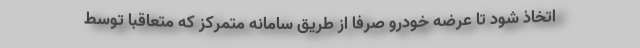
اتخاذ شود تا عرضه خودرو صرفا از طریق سامانه متمرکز که متعاقبا توسط